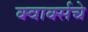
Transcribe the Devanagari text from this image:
क्वार्क्सचे